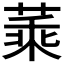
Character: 𦶝